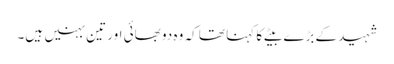
شہید کے بڑے بیٹے کا کہنا تھا کہ وہ دو بھائی اور تین بہنیں ہیں۔